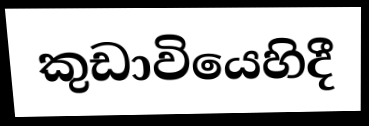
කුඩාවියෙහිදී